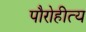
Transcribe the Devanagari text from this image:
पौरोहीत्य